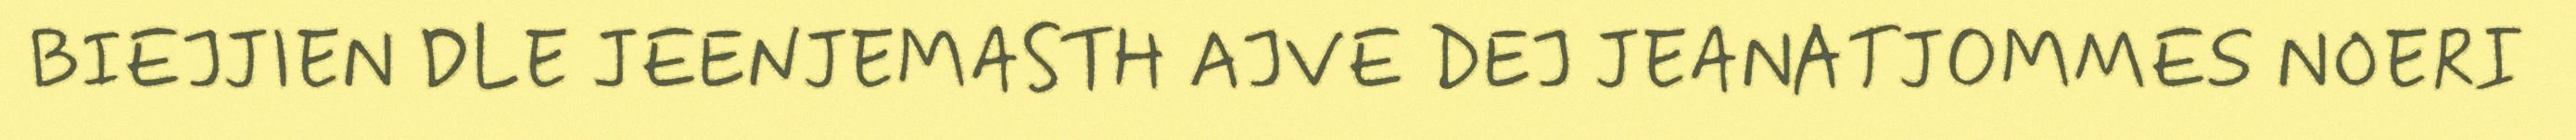
BIEJJIEN DLE JEENJEMASTH AJVE DEJ JEANATJOMMES NOERI